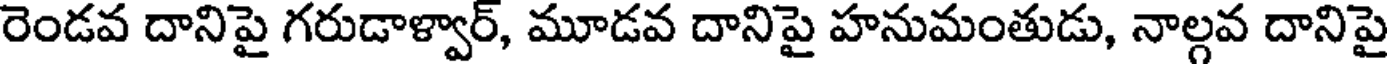
రెండవ దానిపై గరుడాళ్వార్, మూడవ దానిపై హనుమంతుడు, నాల్గవ దానిపై